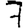
Digit: 7